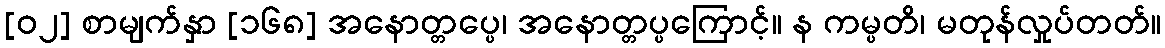
[၀၂] စာမျက်နှာ [၁၆၈] အနောတ္တပ္ပေ၊ အနောတ္တပ္ပကြောင့်။ န ကမ္ပတိ၊ မတုန်လှုပ်တတ်။